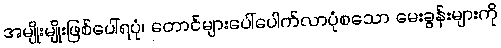
အမျိုးမျိုးဖြစ်ပေါ်ရပုံ၊ တောင်များပေါ်ပေါက်လာပုံစသော မေးခွန်းများကို